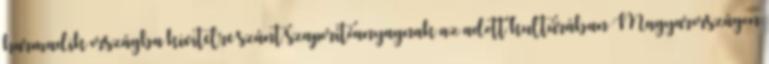
harmadik országba kivitelre szánt szaporítóanyagnak az adott kultúrában Magyarországon